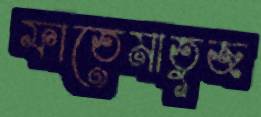
ফাতেমাতুজ